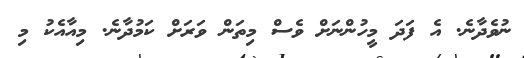
ނުވެދާނެ. އެ ފަދަ މީހުންނަށް ވެސް މިތަން ވަރަށް ކަމުދާނެ. މިއާއެކު މި